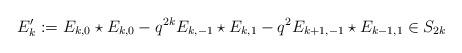
LaTeX: \begin{align*} E'_{k}:=E_{k,0}\star E_{k,0} - q^{2k} E_{k,-1}\star E_{k,1} - q^2 E_{k+1,-1} \star E_{k-1,1} \in S_{2k}\end{align*}